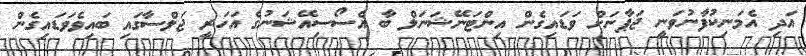
އަދި އެމަނިކުފާނުވަނީ ޖަޕާނަށް ވަޑައިގެން އިންޓަނޭޝަނަލް ބާ އެސޯސިއޭޝަނުގެ އަހަރީ ޖަލްސާގައި ބައިވެވަޑައިގެން